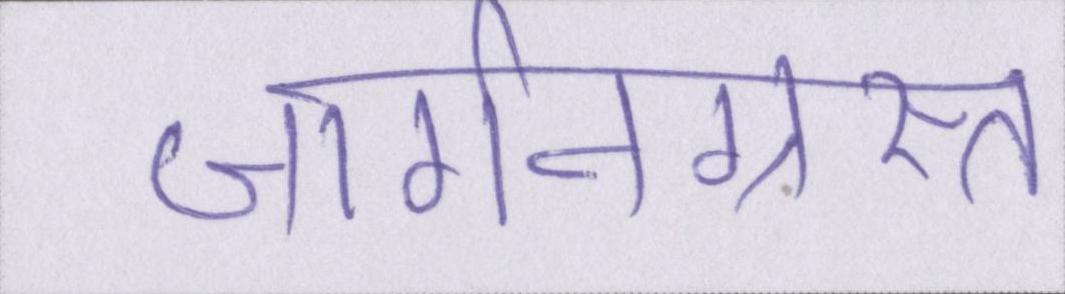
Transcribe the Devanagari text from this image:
जार्गनग्रस्त